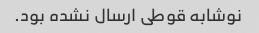
نوشابه قوطی ارسال نشده بود.